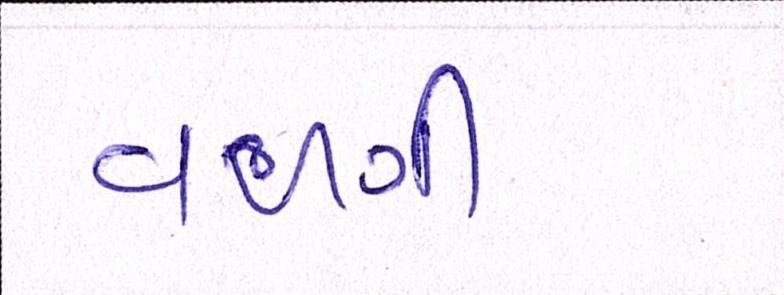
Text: વળગી